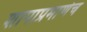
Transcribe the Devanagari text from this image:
शापाप्रमाणेच